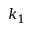
k _ { 1 }